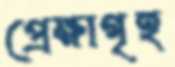
প্রেক্ষাগৃহ